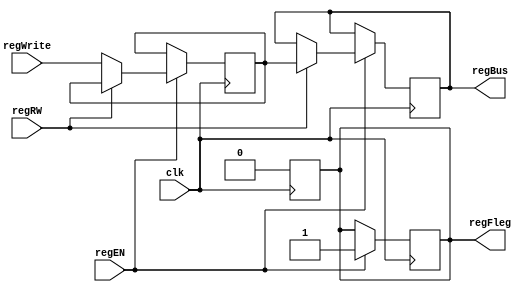
module Reg_Mem (regBus, regFleg, regEN, regRW, regWrite, clk);
output [255:0] regBus;
output reg regFleg;
input regEN, clk;
input [255:0] regWrite;
input regRW;

reg [255:0] regBus;

// register itself
reg [255:0] regMem;

always @ (negedge clk)
begin
	if (regFleg == 1) 
	begin
		regFleg = 0;
	end
end

always @ (posedge clk)
// if rw is 1, read from new address, if rw is 0, write to new address
begin
    if(regEN == 1)
    begin
        if (regRW == 1) 
        begin
            regBus = regMem;
        end
        else
        begin
            if (regRW == 0)
            begin
                regMem = regWrite;
                $display("regMem = %hh", regMem);
            end
        end
        regFleg = 1;
    end
end
endmodule